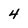
Character: 4